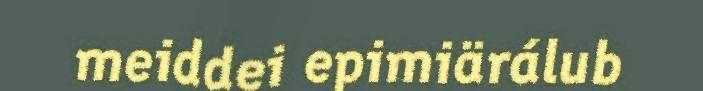
meiddei epimiärálub